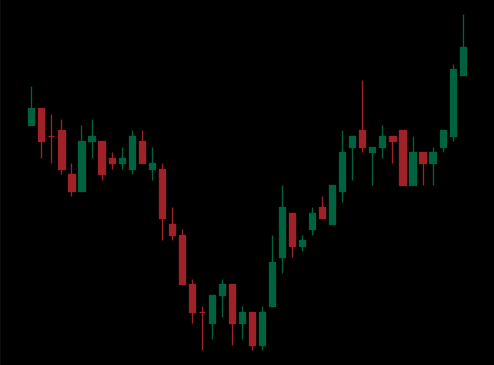
Pattern: inverse_head_shoulders